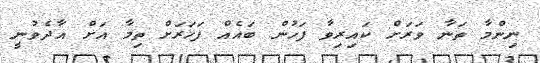
ނިންމާ ތަނާ ވަރަށް ކައިރިވާ ފަހުން ބައެއް ފަހަރަށް ތިމާ އަށް އާދެވުނީ